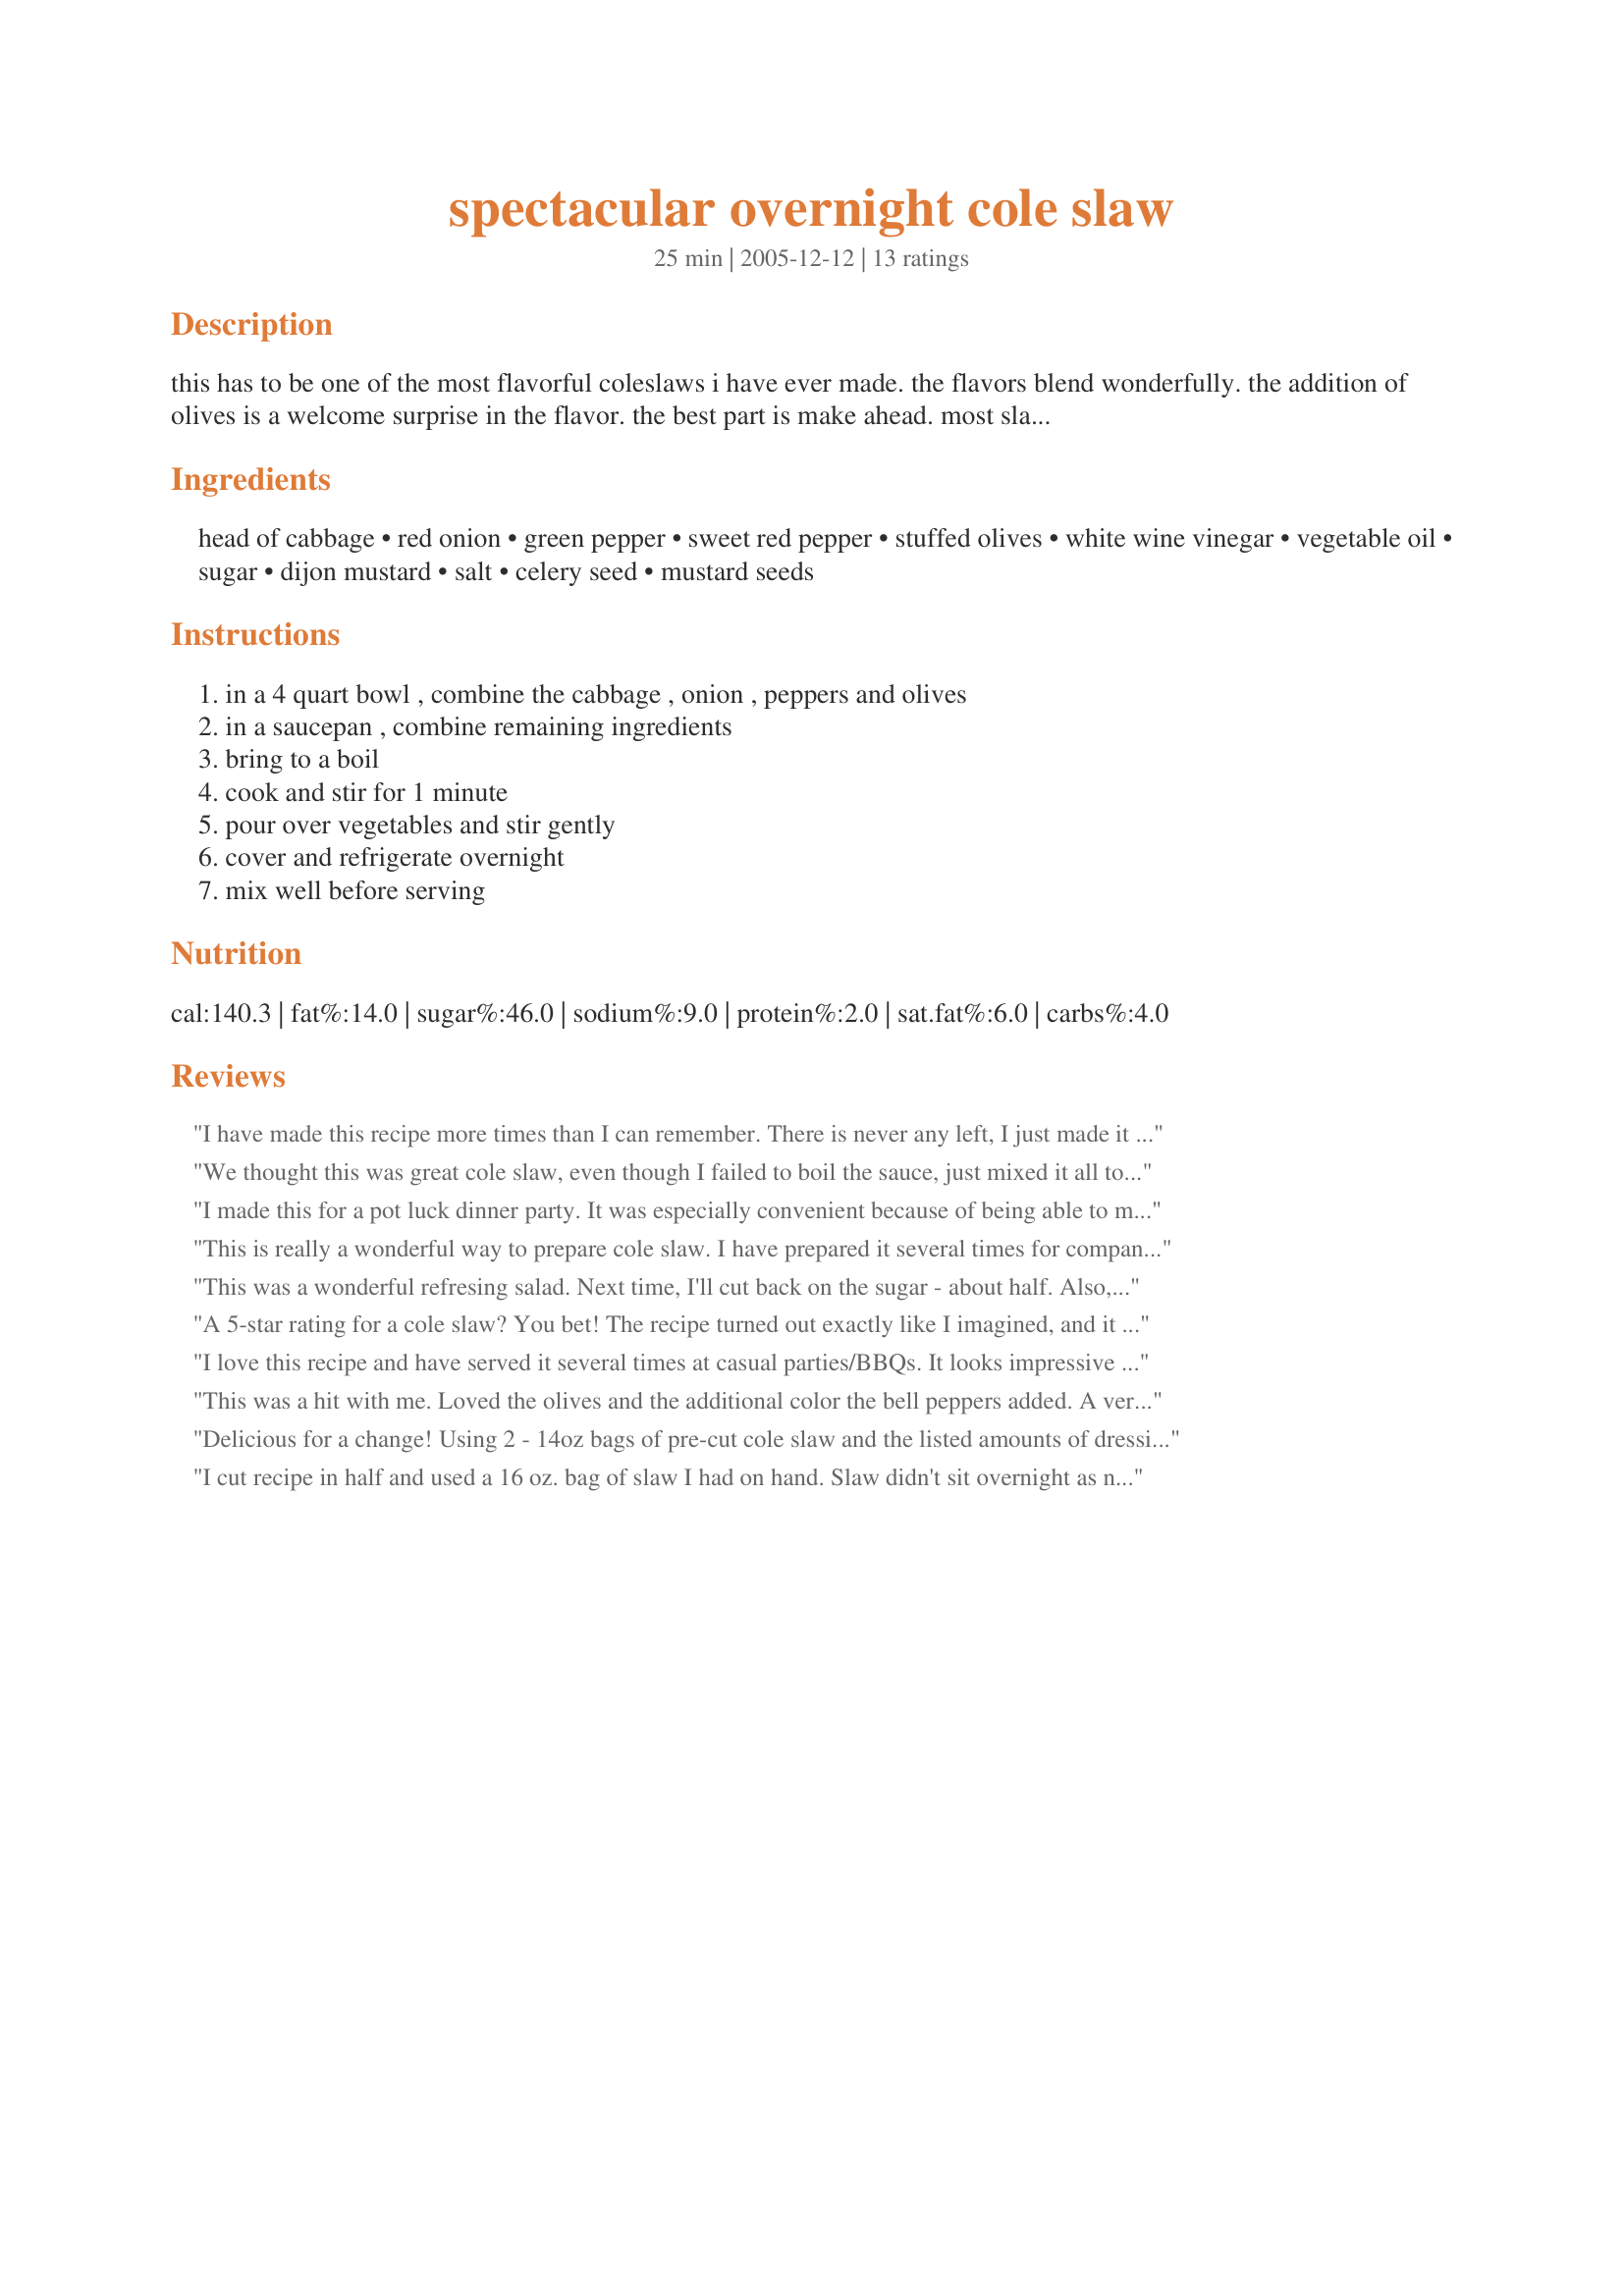
spectacular overnight cole slaw
Preparation time: 25 minutes

this has to be one of the most flavorful coleslaws i have ever made. the flavors blend wonderfully. the addition of olives is a welcome surprise in the flavor. the best part is make ahead. most slaws i have to wait till time to serve to add the dressing. this gets better overnite, so it is great to make ahead and out the door. or it is one more dish you can get done the day before company coming, which is what i love. but irregardless of all those perks, it is a dish that i would make even if it was a little bit of a pain. hope you enjoy it.

Ingredients:
head of cabbage, red onion, green pepper, sweet red pepper, stuffed olives, white wine vinegar, vegetable oil, sugar, dijon mustard, salt, celery seed, mustard seeds

Steps:
in a 4 quart bowl , combine the cabbage , onion , peppers and olives, in a saucepan , combine remaining ingredients, bring to a boil, cook and stir for 1 minute, pour over vegetables and stir gently, cover and refrigerate overnight, mix well before serving

Reviews:
I have made this recipe more times than I can remember. There is never any left, I just made it for a wedding for 150 people. I do not add the stuffed olives, sometimes I add grated carrots. It is a fantastic recipe!!
We thought this was great cole slaw, even though I failed to boil the sauce, just mixed it all together and let it set overnight. Also had no olives, and used tarragon vinegar instead of white wine. I eliminated the salt too, but we didn't miss it. Next time will do it the right way, but was good my way too.
I made this for a pot luck dinner party. It was especially convenient because of being able to make it the day before, plus it tasted great! I will make it again. I went the easy way by buying pre-cut packaged cabbage then adding the extras and I halved the dressing ingredients.
This is really a wonderful way to prepare cole slaw. I have prepared it several times for company on special occasions, and I always receive compliments. I use a little yellow bell to add even more color. Just a note to say that I personally prefer fresh ingredients and do not find that the packaged slaw to be as flavorful. However, if you are pinched for time, I am sure that using the packaged products is a great alternative. I love the addition of olives, but rarely am able to do so because only my DH & I care for them. Maybe one day I will cut the ingredients and make it for just DH and me and include the olives. Great recipe, Baby Chevelle! Thanks for sharing!
This was a wonderful refresing salad. Next time, I'll cut back on the sugar - about half. Also, I cheated by buying a bag of precut cabbage and I added about a quarter of one fresh jalapeno pepper - chopped very fine.
A 5-star rating for a cole slaw? You bet!
The recipe turned out exactly like I imagined, and it is a slaw that is much more impressive than the mayo-laden version that you get at the grocery. We loved the sweet-tart viniagrette dressing and the addition of green olives. I'll be making this plenty over the summer, as a great side dish for any BBQ dish. Hint for the next time - cut the recipe in HALF and use one bag of ready-shredded cole slaw mix instead of the head of cabbage.
I love this recipe and have served it several times at casual parties/BBQs. It looks impressive and is so different from the usual coleslaw. Children tend not to like it - it has strong flavors.
This was a hit with me. Loved the olives and the additional color the bell peppers added. A very different cole slaw, but one I know I&#039;ll enjoy again. Guests were split on this.....some just preferred a basic slaw. But all the adventurists loved it.
Delicious for a change! Using 2 - 14oz bags of pre-cut cole slaw and the listed amounts of dressing ingredients is perfect.
I cut recipe in half and used a 16 oz. bag of slaw I had on hand. Slaw didn't sit overnight as needed for tonight's meal. No stuffed olives, but bought some today in anticipation of my next batch. Didn't have white wine vinegar so used red wine vinegar. Thought the flavor excellent. Thanks for a wonderful recipe!
This dish is a welcomed change from the mayonnaise-laden slaws so often prepared. This recipe has a "clean" and tangy taste. It is visually impressive, too. I'll be making it again. Thanks for posting.
I never liked mayo slaws, but the sweet vinegar ones are good, and this was really good. I didn't have dijon mustard, so used a little horseradish brown mustard and the dressing was still great. I'm the only one who eats olives, so i put in some english cucumbers. Great recipe!
i just had this at a funeral and i went asking the ladies at the church for the recipe. one especially nice lady tracked it down for me and i thought i'd post it here, but it's already been posted. this is the exact recipe i have and it comes from Taste of Homes prize winning recipes and credits Ruth Lovett of Bay City, TX for coming up with it. I've got a batch in the fridge right now and i'm just itching to get into it. it's so good adn i'll just say that i've never asked a total stranger for a recipe like this but i HAD to have it!
